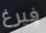
فيرغ